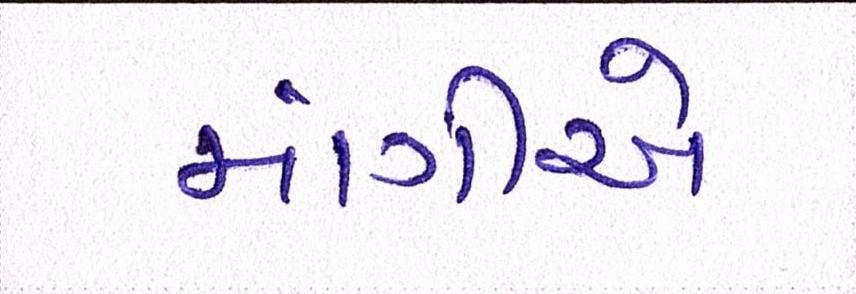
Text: માંગીએ